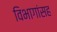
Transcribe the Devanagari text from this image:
विभागांसह